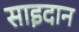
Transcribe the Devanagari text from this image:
साइदान